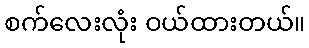
စက်လေးလုံး ဝယ်ထားတယ်။